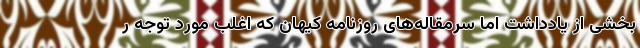
بخشی از یادداشت اما سرمقاله‌های روزنامه کیهان که اغلب مورد توجه ر